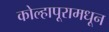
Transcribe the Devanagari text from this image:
कोल्हापूरामधून